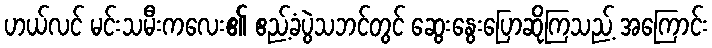
ဟယ်လင် မင်းသမီးကလေး၏ ဧည့်ခံပွဲသဘင်တွင် ဆွေးနွေးပြောဆိုကြသည့် အကြောင်း